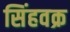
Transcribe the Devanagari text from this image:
सिंहवक्र